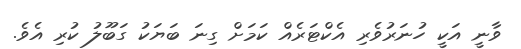
ވާނީ އަކީ ހުނަރުވެރި އެކްޓަރެއް ކަމަށް ގިނަ ބަޔަކު ގަބޫލު ކުރި އެވެ.